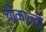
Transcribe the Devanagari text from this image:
चोकाल्हो